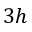
3 h